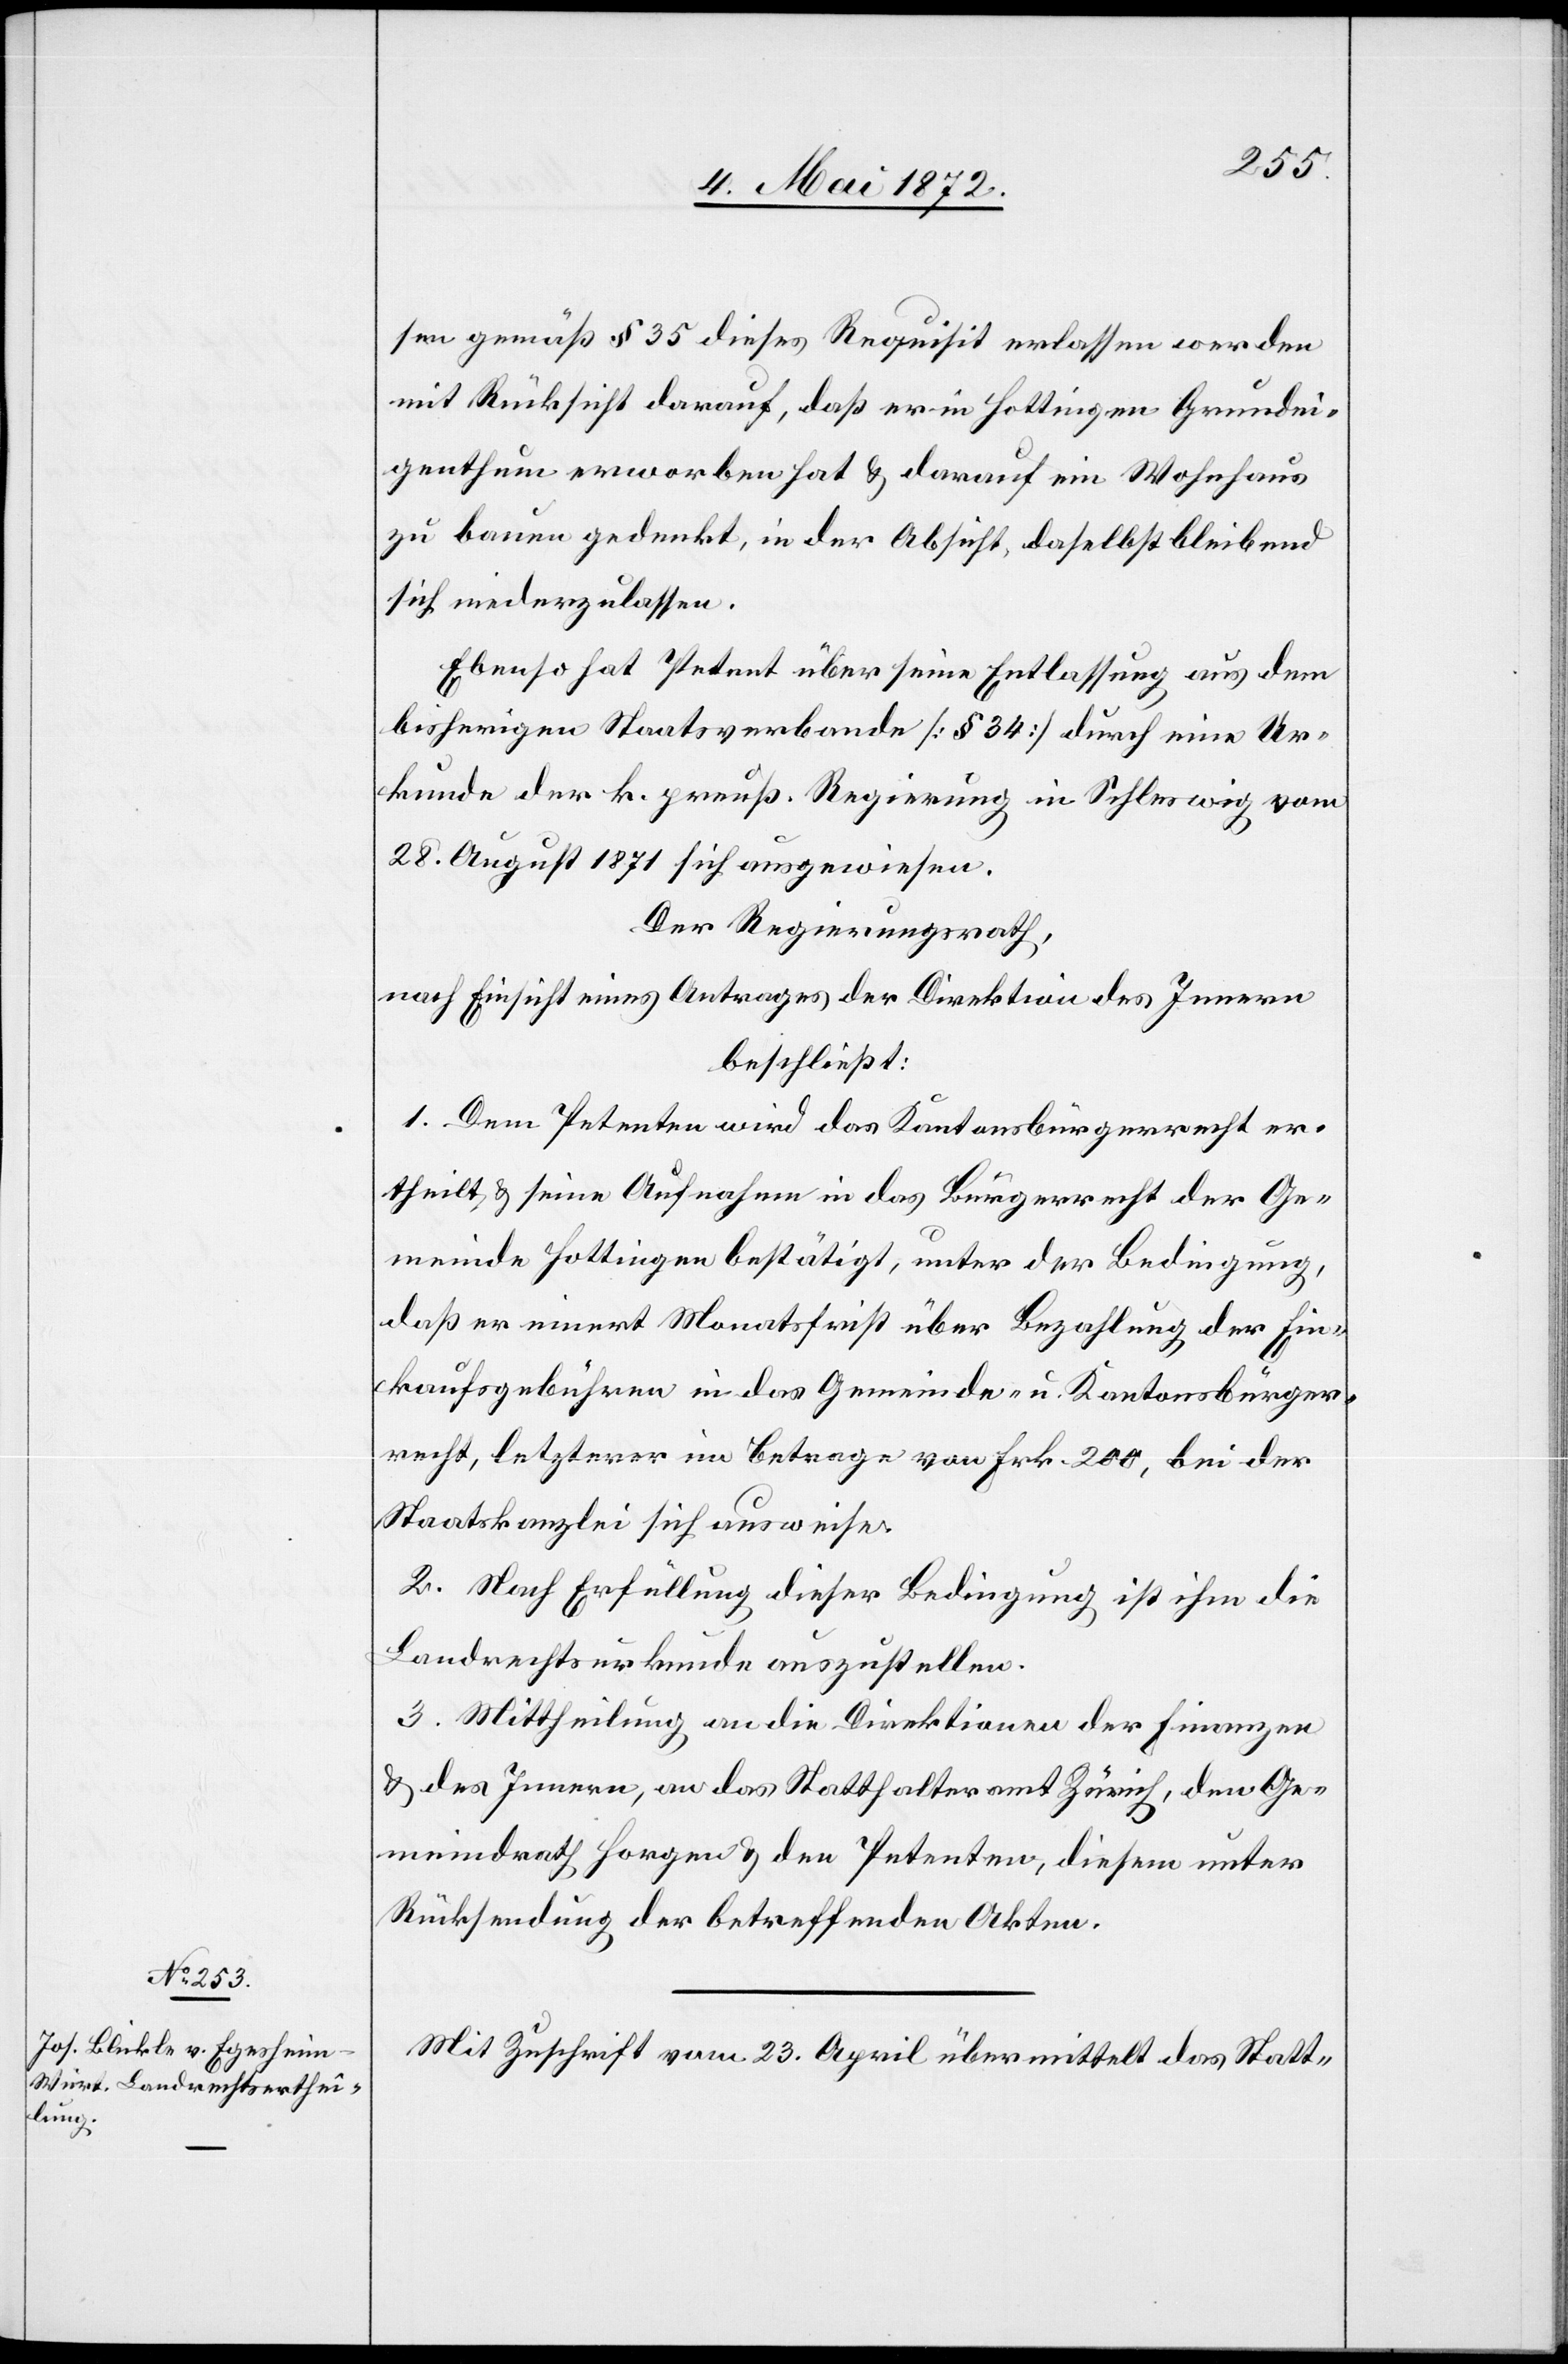
sen gemäß § 35 dieses Requisit erlassen werden
mit Rücksicht darauf, daß er in Hottingen Grundei¬
genthum erworben hat u. darauf ein Wohnhaus
zu bauen gedenkt, in der Absicht, daselbst bleibend
sich niederzulassen.
Ebenso hat Petent über seine Entlassung aus dem
bisherigen Staatsverbande [§ 34] durch eine Ur¬
kunde der k. preuß. Regierung in Schleswig vom
28. August 1871 sich ausgewiesen.
Der Regierungsrath,
nach Einsicht eines Antrages der Direktion des Innern
beschließt:
1. Dem Petenten wird das Kantonsbürgerrecht er¬
theilt u. seine Aufnahme in das Bürgerrecht der Ge¬
meinde Hottingen bestätigt, unter der Bedingung,
daß er innert Monatsfrist über Bezahlung der Ein¬
kaufsgebühren in das Gemeinde- u. Kantonsbürger¬
recht, letzterer im Betrage von Frk. 200, bei der
Staatskanzlei sich ausweise.
2. Nach Erfüllung dieser Bedingung ist ihm die
Landrechtsurkunde auszustellen.
3. Mittheilung an die Direktionen der Finanzen
u. des Innern, an das Statthalteramt Zürich, den Ge¬
meindrath Horgen u. den Petenten, diesem unter
Rücksendung der betreffenden Akten.
Mit Zuschrift vom 23. April übermittelt das Statt-